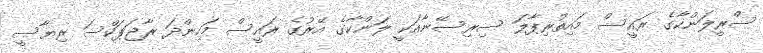
ސްރީލަންކާގެ ރައީސް މައިތުރިޕާލަ ސިރިސޭނާއަކީ ލަންކާގެ އޭރުގެ ރައީސް މަހިންދަ ރާޖަޕަކްސަ ރިޔާސީ